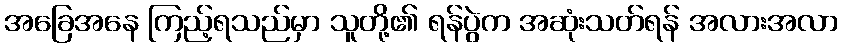
အခြေအနေ ကြည့်ရသည်မှာ သူတို့၏ ရန်ပွဲက အဆုံးသတ်ရန် အလားအလာ